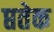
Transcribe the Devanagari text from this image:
प्ततेक